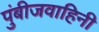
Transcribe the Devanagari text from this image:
पुंबीजवाहिनी